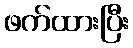
ဖက်ထားပြီး